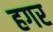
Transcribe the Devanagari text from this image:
हगर